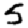
Digit: 5